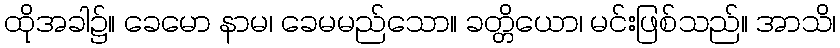
ထိုအခါ၌။ ခေမော နာမ၊ ခေမမည်သော။ ခတ္တိယော၊ မင်းဖြစ်သည်။ အာသိ၊